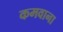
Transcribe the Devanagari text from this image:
कमवाना